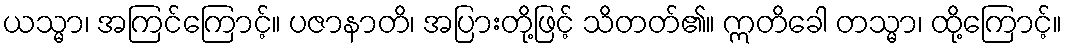
ယသ္မာ၊ အကြင်ကြောင့်။ ပဇာနာတိ၊ အပြားတို့ဖြင့် သိတတ်၏။ ဣတိခေါ တသ္မာ၊ ထို့ကြောင့်။